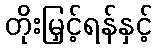
တိုးမြှင့်ရန်နှင့်